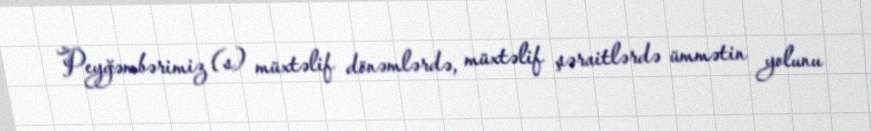
Peyğəmbərimiz (s) müxtəlif dönəmlərdə, müxtəlif şəraitlərdə ümmətin yolunu